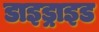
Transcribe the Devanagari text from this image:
डाइड्राइड